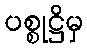
ပစ္စုဋ္ဌိမှ